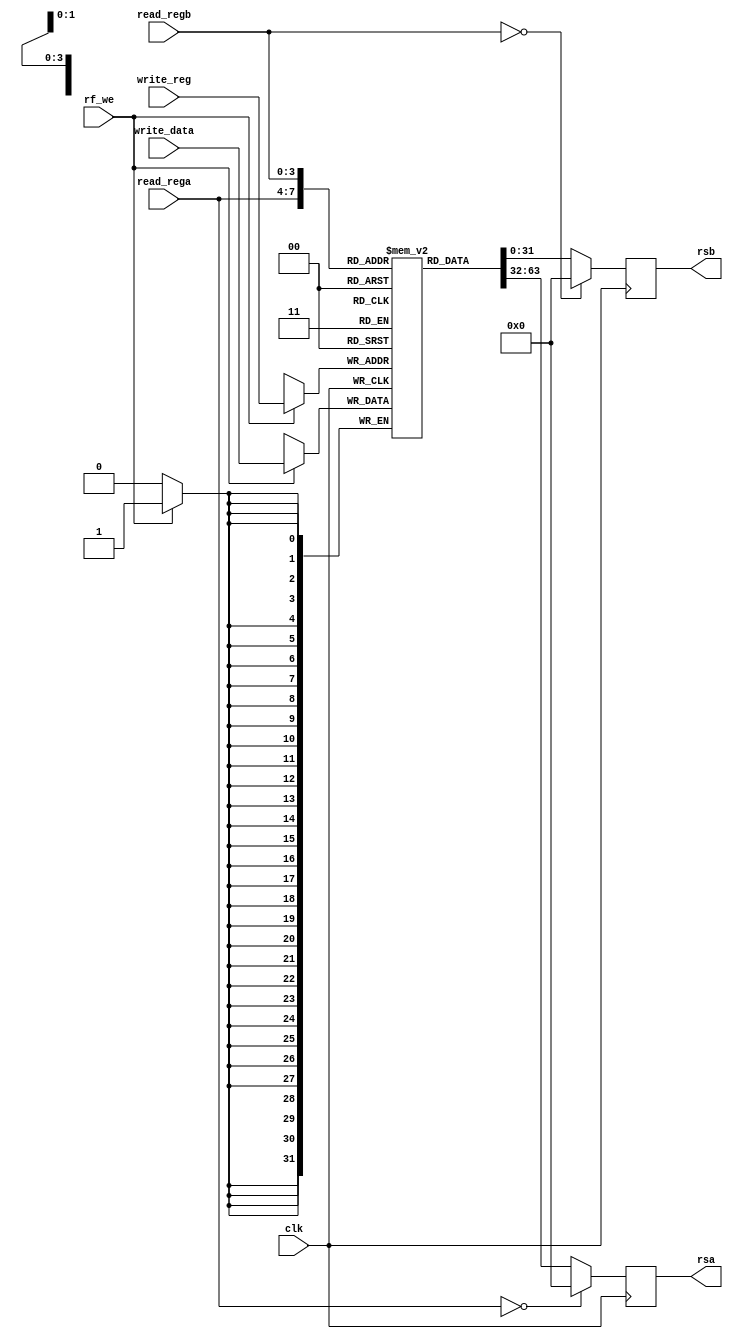
// ECE:3350 SISC processor project
// register file

`timescale 1ns/100ps

module rf (clk, read_rega, read_regb, write_reg, write_data, rf_we, rsa, rsb);

  /*
   *  REGISTER FILE - rf.v
   *
   *  Inputs:
   *   - read_rega (4 bits): Address to be read for RA.
   *   - read_regb (4 bits): Address to be read for RB.
   *   - write_reg (4 bits): Address of register to be written to when rf_we
   *        is set to 1.
   *   - write_data (32 bits): Data to write to register write_reg when rf_we
   *        is set to 1.
   *   - rf_we: Write enable. When this is set to 1, the data on write_data
   *        is copied into register write_reg.
   *
   *  Outputs:
   *     NOTE - rsa and rsb latch the selected register file contents on the
   *     positive edge of the clock.
   *   - rsa (32 bits): Contents of register read_rega. Note that R0 is always
   *        read as 0x00000000, for both RA and RB.
   *   - rsb (32 bits): Contents of register read_regb.
   *
   */

  input  clk;
  input  [3:0]  read_rega;
  input  [3:0]  read_regb;
  input  [3:0]  write_reg;
  input  [31:0] write_data;
  input  rf_we;
  
  output [31:0] rsa;
  output [31:0] rsb;
  
  reg    [31:0] ram_array [15:0];
  reg    [31:0] rsa;
  reg    [31:0] rsb;

  integer i; 
  // initialize register file to 0
  initial
  begin
     for (i = 0; i < 16; i = i + 1) begin
       ram_array[i] <= 32'H00000000;
     end
  end

  // read process is sensitive to read address.
  // reg 0 always returns 0 to allow boot strapping
  always @(posedge clk)
  begin
    if (read_rega == 4'H0)
      rsa <= 32'H00000000;
    else
      rsa <= ram_array[read_rega];

    if (read_regb == 4'H0)
      rsb <= 32'H00000000;
    else    
      rsb <= ram_array[read_regb];

    if (rf_we == 1'b1)
      ram_array[write_reg] <= write_data;
  end

endmodule